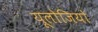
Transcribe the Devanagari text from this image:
यूलोजियो